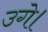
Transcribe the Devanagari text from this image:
उगे।